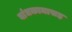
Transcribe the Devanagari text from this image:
बांधकामासह